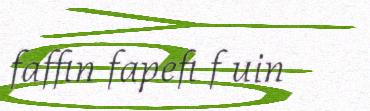
faffin fapefi f uin